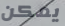
يمكن